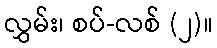
လွှမ်း၊ စပ်-လစ် (၂)။